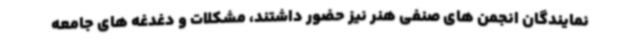
نمایندگان انجمن های صنفی هنر نیز حضور داشتند، مشکلات و دغدغه های جامعه